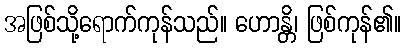
အဖြစ်သို့ရောက်ကုန်သည်။ ဟောန္တိ၊ ဖြစ်ကုန်၏။